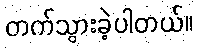
တက်သွားခဲ့ပါတယ်။